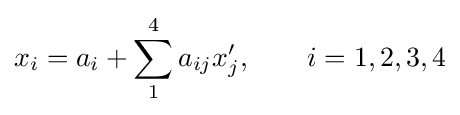
x_{i}=a_{i}+\sum _{1}^{4}a_{ij}x_{j}^{\prime },\qquad i=1,2,3,4